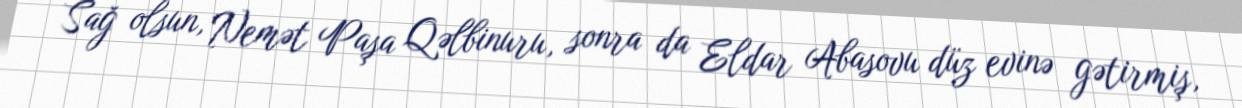
Sağ olsun, Nemət Paşa Qəlbinuru, sonra da Eldar Abasovu düz evinə gətirmiş,